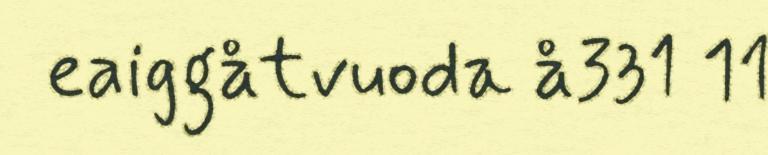
eaiggåtvuoda å331 11